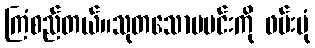
ကြံစည်တယ်။သုတသောမမင်းကို ဖမ်းပုံ